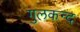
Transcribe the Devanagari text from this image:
गुलकन्द